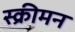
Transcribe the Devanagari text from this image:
स्क्रीमन